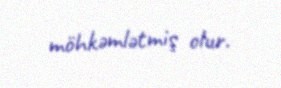
möhkəmlətmiş olur.